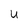
Character: U